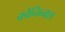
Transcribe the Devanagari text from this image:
कोनिन्क्स